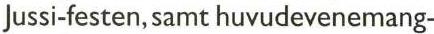
Jussi-festen, samt huvudevenemang-